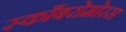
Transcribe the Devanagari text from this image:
स्काँबरोमोरस